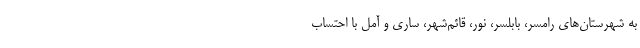
به شهرستان‌های رامسر، بابلسر، نور، قائم‌شهر، ساری و آمل با احتساب